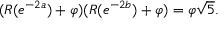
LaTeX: ( R ( e ^ { - 2 a } ) + \varphi ) ( R ( e ^ { - 2 b } ) + \varphi ) = \varphi { \sqrt { 5 } } .